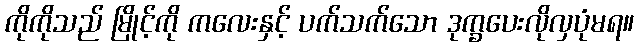
ကိုကိုသည် မြိုင့်ကို ကလေးနှင့် ပက်သက်သော ဒုက္ခပေးလိုလှပုံမရ။